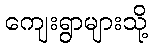
ကျေးရွာများသို့